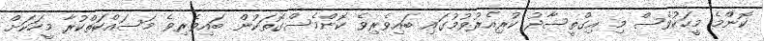
ކޮންމެ މީހަކުވެސް މި އިގްތީސާދު ކުރިއެރުވުމުގައި ބައިވެރިވެ ކޮންމެސްގޮތަކުން ބައިވެރިވެ މަސައްކަތްކުރާ މީހަކަށް